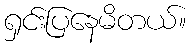
ရှင်းပြနေမိတယ်။